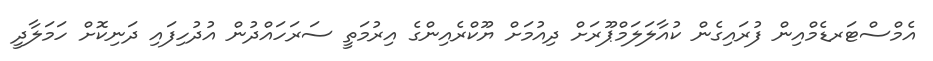
އެމްސްޓަރޑެމްއިން ފުރައިގެން ކުއާލަލަމްޕޫރަށް ދިއުމަށް ޔޫކްރެއިންގެ އިރުމަތީ ސަރަހައްދުން އުދުހިފައި ދަނިކޮށް ހަމަލާދީ